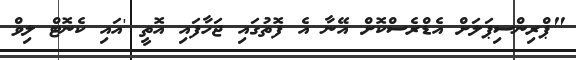
"ޕްރިންސިޕަލަށް އެޑްރެސްކޮށް އޭނާ އެ ފޮތުގައި ޖަހާފައި އޮތީ 'އައި ކެނޮޓް ލިވް